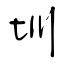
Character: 圳